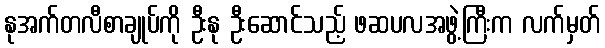
နုအက်တလီစာချုပ်ကို ဦးနု ဦးဆောင်သည့် ဖဆပလအဖွဲ့ကြီးက လက်မှတ်